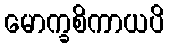
မောက္ခစိကာယပိ